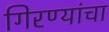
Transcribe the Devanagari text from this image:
गिरण्यांचा